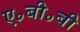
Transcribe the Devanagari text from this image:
ए॰बी॰बी